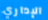
الإداري